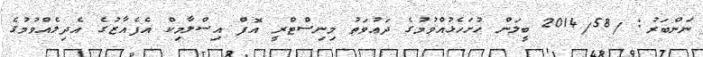
ނަންބަރު: /2014/58 ބީލަން ހުށަހެޅުއްވުމުގެ ދަޢުވަތު މިނިސްޓްރީ އޮފް އިސްލާމިކް އެފެއާޒުގެ އެދިލެއްވުމުގެ